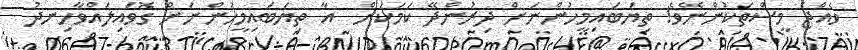
ވެއްޖެ މީސްތަކުންނޭވެ! ތިޔަބައިމީހުންނަށް ދިރުންދޭ ކަމަކަށް  އާ ތިޔަބައިމީހުންނަށް ގޮވައިލައްވާހިނދު